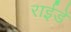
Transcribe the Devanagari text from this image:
राईडें